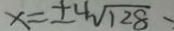
x = \pm 4 \sqrt { 1 2 8 }